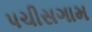
પચીસગામ